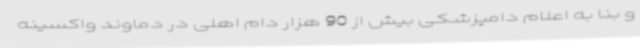
و بنا به اعلام دامپزشکی بیش از 90 هزار دام اهلی در دماوند واکسینه